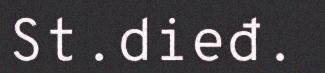
St.dieđ.